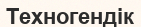
Техногендік